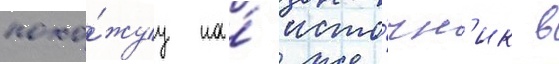
похо́жуу на́ исто́чн'ик в